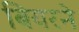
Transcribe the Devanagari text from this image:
बियरने